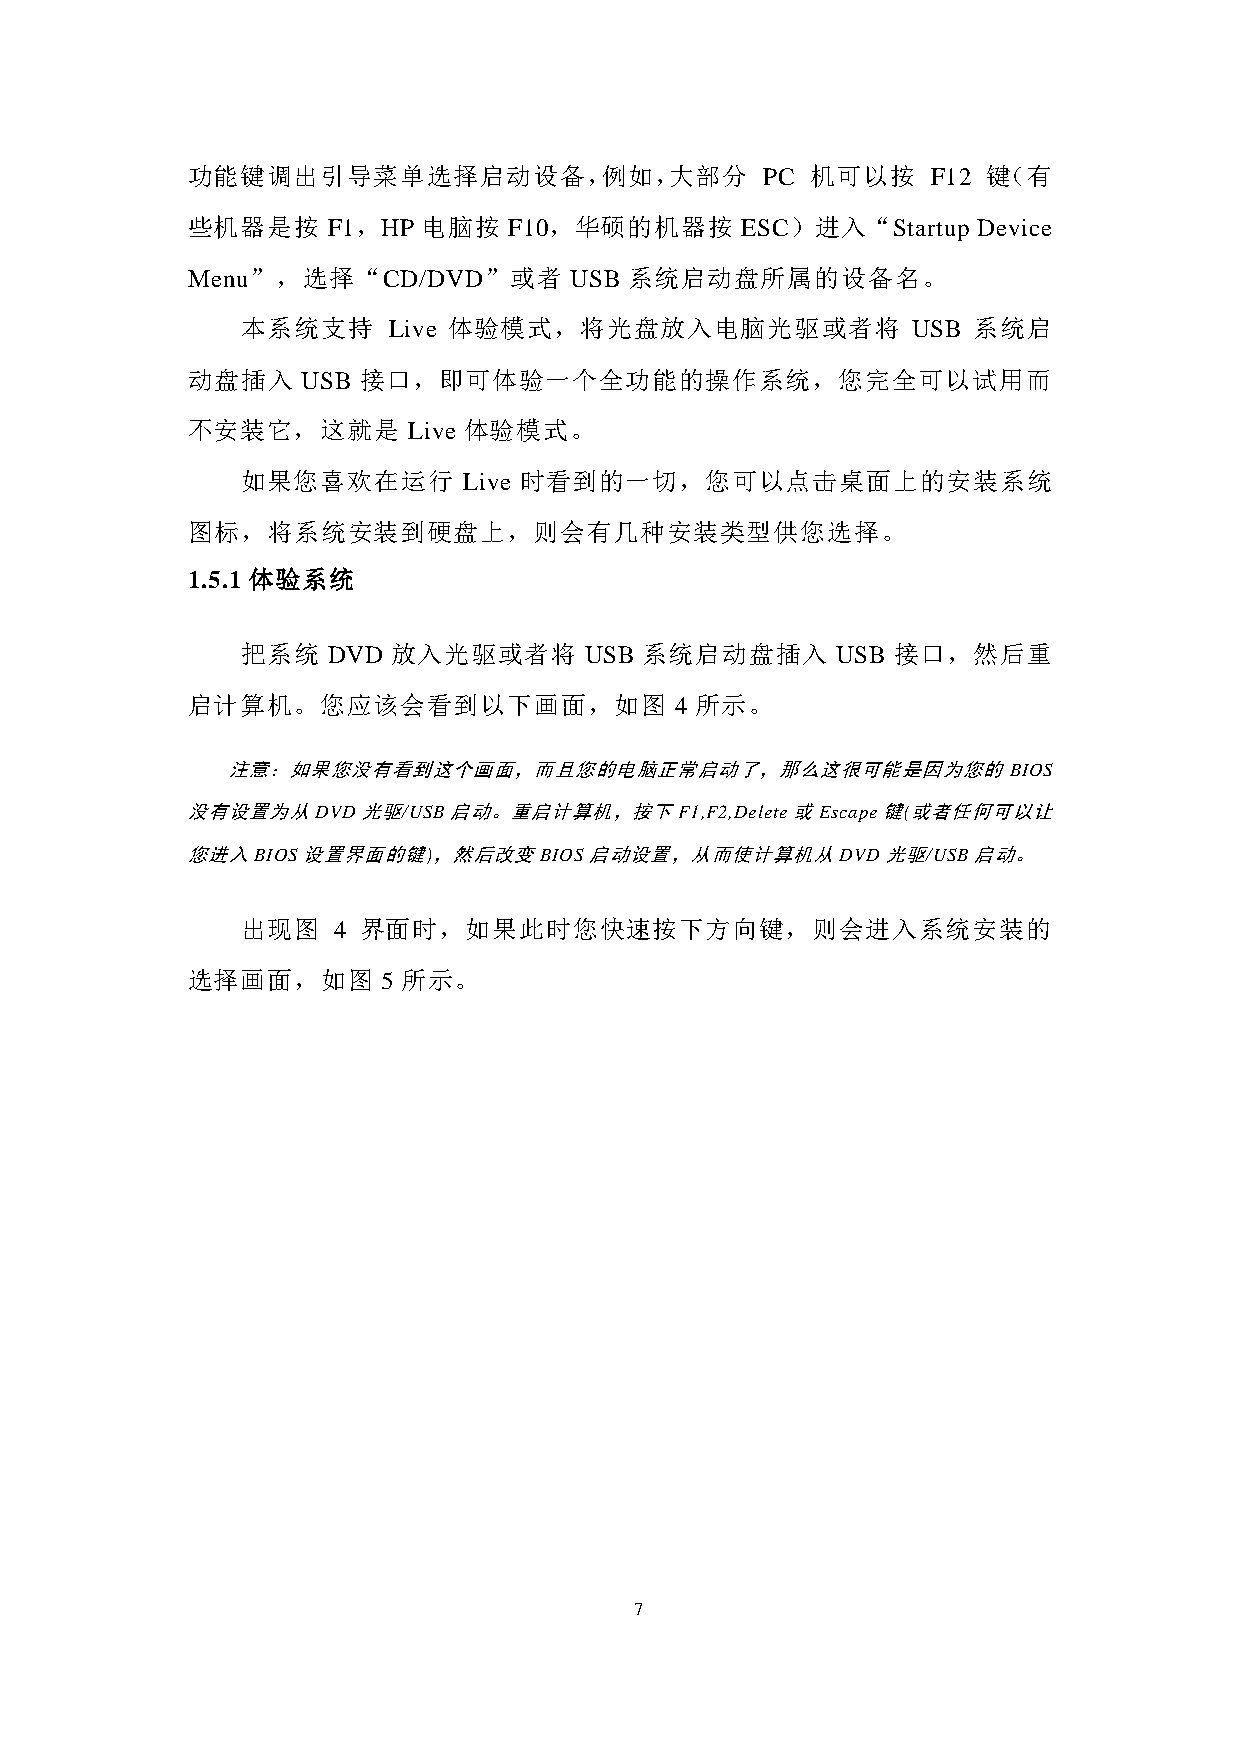
功能键调出引导菜单选择启动设备，例如，大部分                PC  机可以按    F12 键（有
 些机器是按     F1，HP 电脑按   F10，华硕的机器按     ESC）进入“Startup  Device
 Menu”，选择“CD/DVD”或者        USB 系统启动盘所属的设备名。
 本系统支持     Live 体验模式，将光盘放入电脑光驱或者将            USB 系统启
 动盘插入    USB 接口，即可体验一个全功能的操作系统，您完全可以试用而
 不安装它，这就是       Live 体验模式。
 如果您喜欢在运行       Live 时看到的一切，您可以点击桌面上的安装系统
 图标，将系统安装到硬盘上，则会有几种安装类型供您选择。
 1.5.1 体验系统
 把系统   DVD 放入光驱或者将      USB 系统启动盘插入     USB 接口，然后重
 启计算机。您应该会看到以下画面，如图               4 所示。
 注意：如果您没有看到这个画面，而且您的电脑正常启动了，那么这很可能是因为您的BIOS
 没有设置为从DVD光驱/USB启动。重启计算机，按下F1,F2,Delete或Escape键(或者任何可以让
 您进入BIOS设置界面的键)，然后改变BIOS启动设置，从而使计算机从DVD光驱/USB启动。
 出现图   4 界面时，如果此时您快速按下方向键，则会进入系统安装的
 选择画面，如图      5 所示。
 7